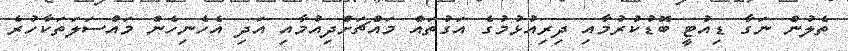
ތެލުން ނަގާ ޑިއުޓީ ބޮޑުކުރުމާއި ދިރިއުޅުމުގެ އަގުތައް މައްޗަށްދިއުމާއި އަދި އެހެނިހެން މައްސަލަތަކާހުރެ